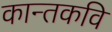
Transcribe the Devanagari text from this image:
कान्तकवि